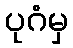
ပုဂံမှ